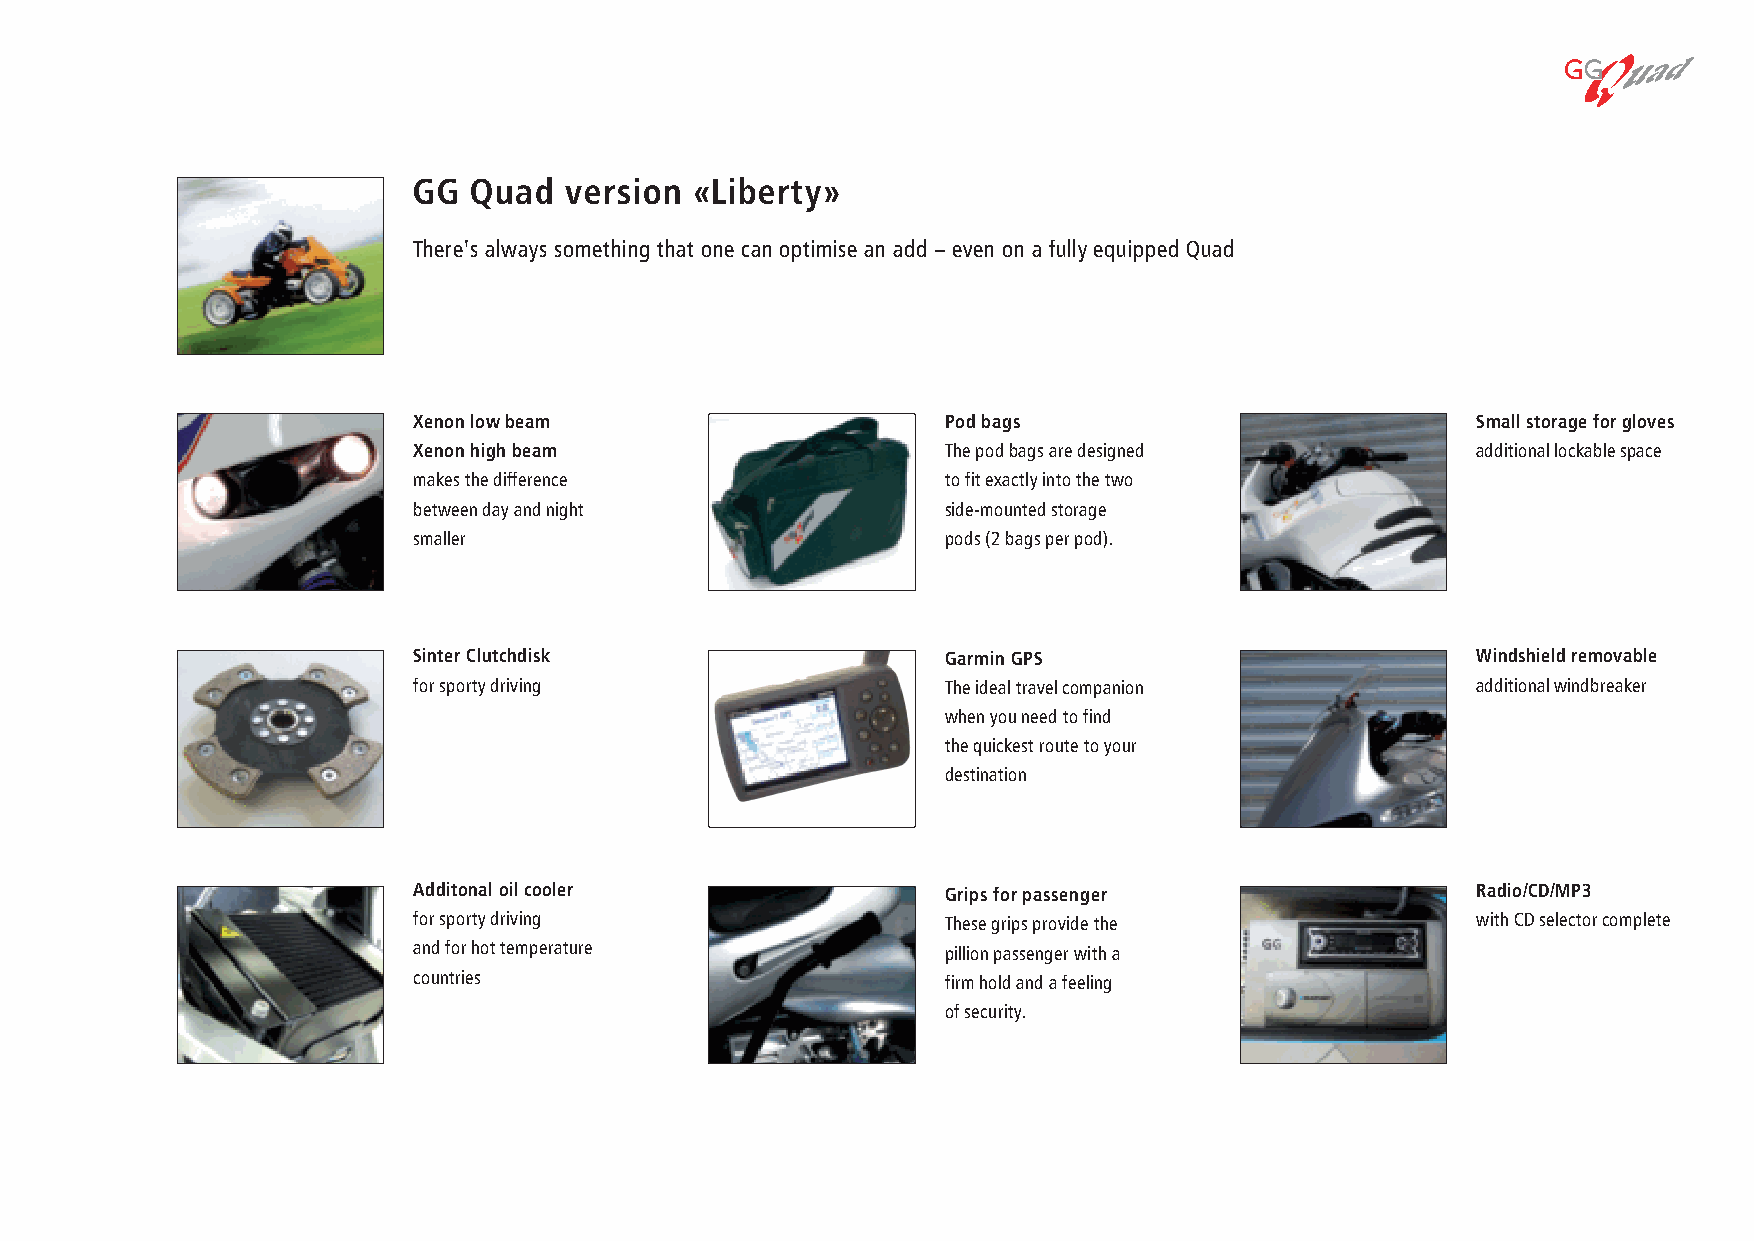
460818-Broschure_engl_she 25.8.2006 10:03 Uhr Seite 14
 GG  Quad  version «Liberty»
 There's always something that one can optimise an add – even on a fully equipped Quad
 Xenon low beam                     Pod bags                            Small storage for gloves
 Xenon high beam                    The pod bags are designed           additional lockable space
 makes the difference               to fit exactly into the two
 between day and night              side-mounted storage
 smaller                            pods (2 bags per pod).
 Sinter Clutchdisk                  Garmin GPS                          Windshield removable
 for sporty driving                 The ideal travel companion          additional windbreaker
 when you need to find
 the quickest route to your
 destination
 Additonal oil cooler               Grips for passenger                 Radio/CD/MP3
 for sporty driving                 These grips provide the             with CD selector complete
 and for hot temperature            pillion passenger with a
 countries                          firm hold and a feeling
 of security.